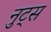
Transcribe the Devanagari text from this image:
नुट्स